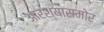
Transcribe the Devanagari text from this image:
आरश्यासमोर